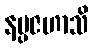
နပ္ပဇဟာသိ